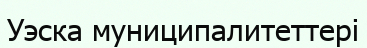
Уэска муниципалитеттері